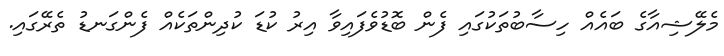
މެލޭޝިއާގެ ބައެއް ހިސާބުތަކުގައި ފެން ބޮޑުވެފައިވާ އިރު ކުޑަ ކުދިންތަކެއް ފެންގަނޑު ތެރޭގައި.